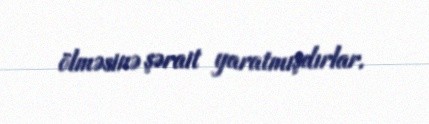
ölməsinə şərait yaratmışdırlar.